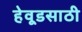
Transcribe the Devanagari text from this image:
हेवूडसाठी